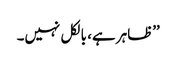
’’ظاہر ہے، بالکل نہیں۔